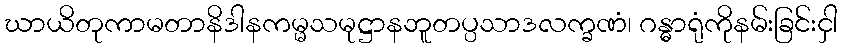
ဃာယိတုကာမတာနိဒါနကမ္မသမုဋ္ဌာနဘူတပ္ပသာဒလက္ခဏံ၊ ဂန္ဓာရုံကိုနမ်းခြင်းငှါ